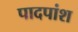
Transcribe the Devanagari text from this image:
पादपांश